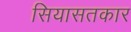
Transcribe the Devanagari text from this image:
सियासतकार